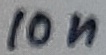
Text: 10n